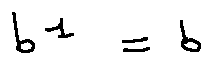
b ^ { 1 } = b